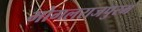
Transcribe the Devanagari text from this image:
भोगलराजपुरम